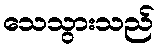
သေသွားသည်